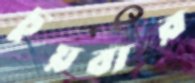
চুয়বার